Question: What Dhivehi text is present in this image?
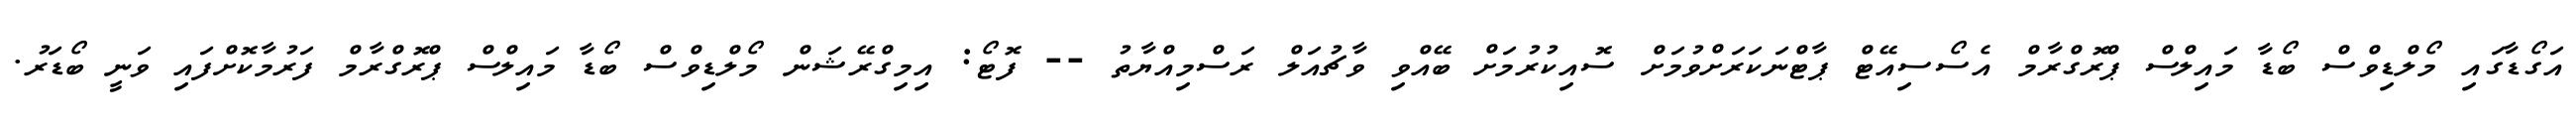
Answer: އަގޯޑާގައި މޯލްޑިވްސް ބޯޑާ މައިލްސް ޕްރޮގްރާމް އެސޯސިއޭޓް ޕާޓްނަކަރަށްވުމަށް ސޮއިކުރުމަށް ބޭއްވި ވާޗުއަލް ރަސްމިއްޔާތު -- ފޮޓޯ: އިމިގްރޭޝަން މޯލްޑިވްސް ބޯޑާ މައިލްސް ޕްރޮގްރާމް ފަރުމާކޮށްފައި ވަނީ ބޯޑަރު.